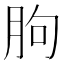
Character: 朐